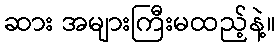
ဆား အများကြီးမထည့်နဲ့။